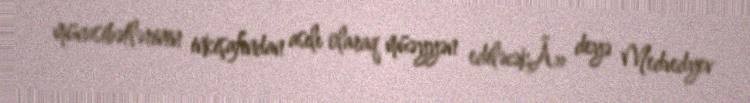
münasibətlərinin inkişafından asılı olaraq müəyyən ediləcəkÂ» deyə Medvedyev